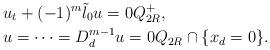
LaTeX: \begin{align*}&u_t+(-1)^m {\tilde\l_0} u=0Q_{2R}^+,\\&u=\cdots=D_d^{m-1}u=0Q_{2R}\cap\{x_d=0\}.\end{align*}